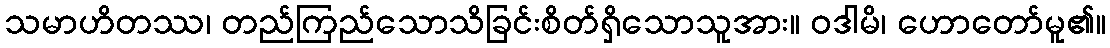
သမာဟိတဿ၊ တည်ကြည်သောသိခြင်းစိတ်ရှိသောသူအား။ ဝဒါမိ၊ ဟောတော်မူ၏။